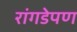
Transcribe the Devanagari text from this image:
रांगडेपण